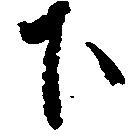
下